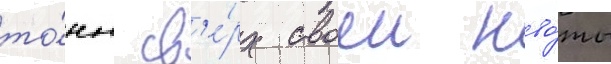
то́нн св'е́рх своеи кво́ты